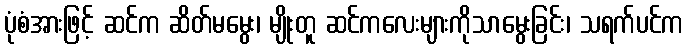
ပုံစံအားဖြင့် ဆင်က ဆိတ်မမွေး၊ မျိုးတူ ဆင်ကလေးများကိုသာမွေးခြင်း၊ သရက်ပင်က